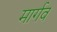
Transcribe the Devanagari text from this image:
मार्गव